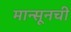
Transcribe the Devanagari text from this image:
मान्सूनची